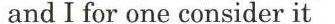
and I for one consider it